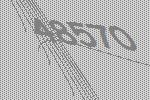
48570